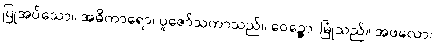
ပြုအပ်သော။ အဓိကာရော၊ ပူဇော်သကာသည်။ ဝေဉ္ဇော၊ မြုံသည်။ အဖလော၊